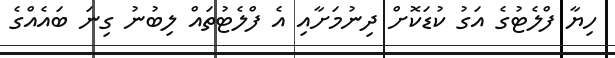
ހިޔާ ފްލެޓުގެ އަގު ކުޑަކޮށް ދިނުމަށާއި އެ ފްލެޓުތައް ލިބުނު ގިނަ ބައެއްގެ